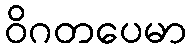
ဝိဂတပေမာ